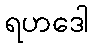
ရဟဒေါ